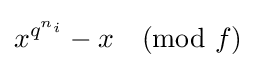
x^{q^{n_{i}}}-x{\pmod {f}}